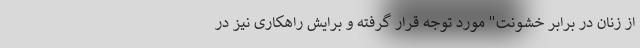
از زنان در برابر خشونت" مورد توجه قرار گرفته و برایش راهکاری نیز در